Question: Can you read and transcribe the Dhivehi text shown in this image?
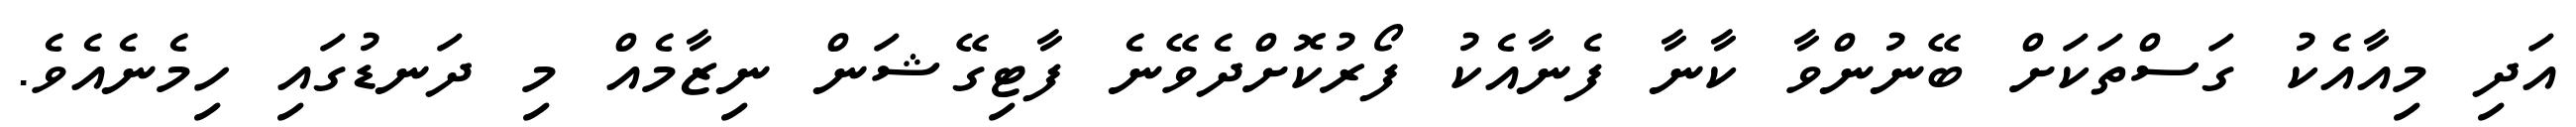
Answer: އަދި މިއާއެކު ގަސްތަކަށް ބޭނުންވާ ކާނާ ފެނާއެކު ފޯރުކޮށްދެވޭނެ ފާޓިގޭޝަން ނިޒާމެއް މި ދަނޑުގައި ހިމެނެއެވެ.